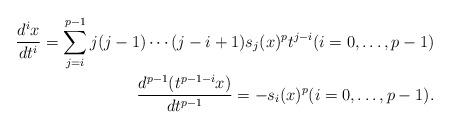
LaTeX: \begin{align*} \frac{d^i x}{dt^i} = \sum_{j=i}^{p-1} j(j-1)\cdots(j-i+1) s_j(x)^p t^{j-i} (i=0,\dots,p-1) \\\frac{d^{p-1} (t^{p-1-i} x)}{dt^{p-1}} = -s_i(x)^p (i=0,\dots,p-1).\end{align*}